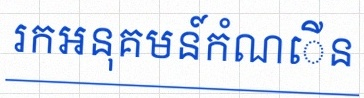
រកអនុគមន៍កំណើន